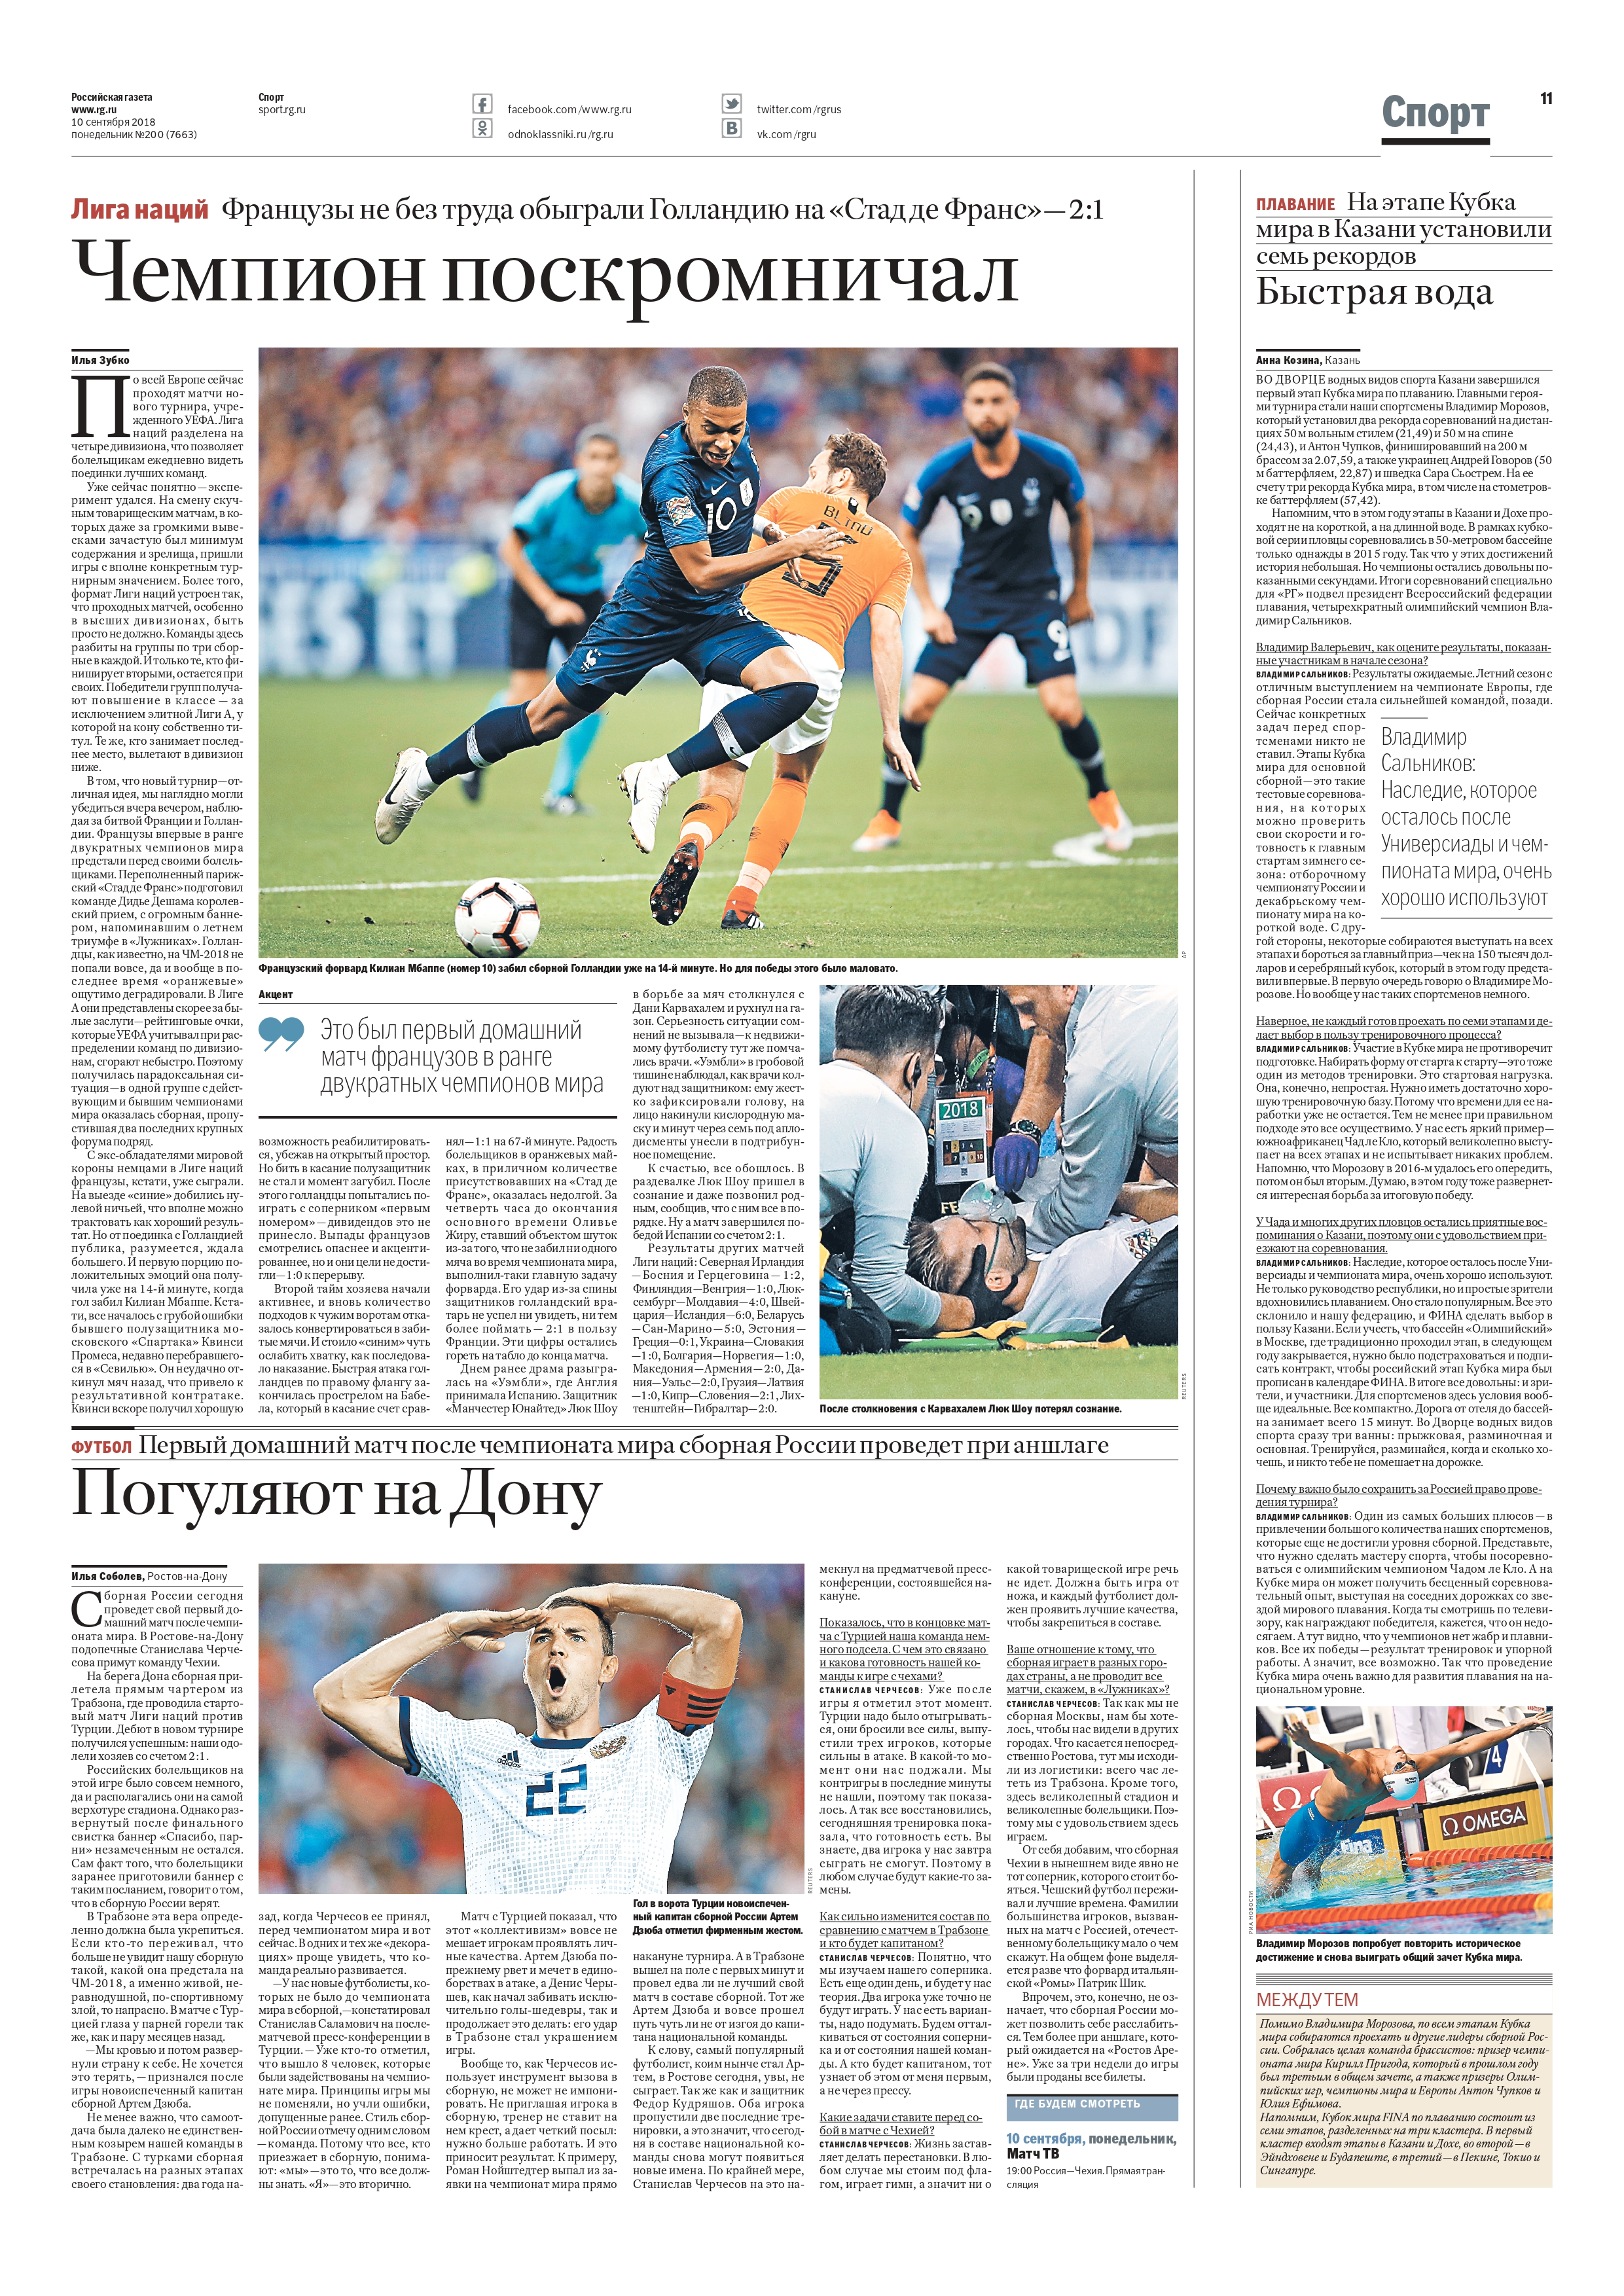
Language: ru